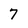
Character: 7